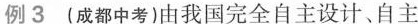
例3(成都中考)由我国完全自主设计、自主